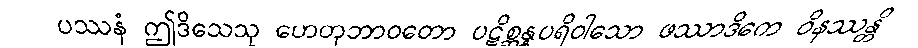
ပဿနံ ဤဒိသေသု ဟေတုဘာဝတော ပဋိစ္ဆန္နပရိဝါသော ဖဿာဒိကေ ဝိနဿန္တိ